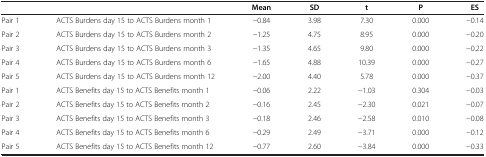
<table><thead><tr><td><b> </b></td><td><b> </b></td><td><b>Mean</b></td><td><b>SD</b></td><td><b>t</b></td><td><b>P</b></td><td><b>ES</b></td></tr></thead><tbody><tr><td>Pair 1</td><td>ACTS Burdens day 15 to ACTS Burdens month 1</td><td>−0.84</td><td>3.98</td><td>7.30</td><td>0.000</td><td>−0.14</td></tr><tr><td>Pair 2</td><td>ACTS Burdens day 15 to ACTS Burdens month 2</td><td>−1.25</td><td>4.75</td><td>8.95</td><td>0.000</td><td>−0.20</td></tr><tr><td>Pair 3</td><td>ACTS Burdens day 15 to ACTS Burdens month 3</td><td>−1.35</td><td>4.65</td><td>9.80</td><td>0.000</td><td>−0.22</td></tr><tr><td>Pair 4</td><td>ACTS Burdens day 15 to ACTS Burdens month 6</td><td>−1.65</td><td>4.88</td><td>10.39</td><td>0.000</td><td>−0.27</td></tr><tr><td>Pair 5</td><td>ACTS Burdens day 15 to ACTS Burdens month 12</td><td>−2.00</td><td>4.40</td><td>5.78</td><td>0.000</td><td>−0.37</td></tr><tr><td>Pair 1</td><td>ACTS Benefits day 15 to ACTS Benefits month 1</td><td>−0.06</td><td>2.22</td><td>−1.03</td><td>0.304</td><td>−0.03</td></tr><tr><td>Pair 2</td><td>ACTS Benefits day 15 to ACTS Benefits month 2</td><td>−0.16</td><td>2.45</td><td>−2.30</td><td>0.021</td><td>−0.07</td></tr><tr><td>Pair 3</td><td>ACTS Benefits day 15 to ACTS Benefits month 3</td><td>−0.18</td><td>2.46</td><td>−2.58</td><td>0.010</td><td>−0.08</td></tr><tr><td>Pair 4</td><td>ACTS Benefits day 15 to ACTS Benefits month 6</td><td>−0.29</td><td>2.49</td><td>−3.71</td><td>0.000</td><td>−0.12</td></tr><tr><td>Pair 5</td><td>ACTS Benefits day 15 to ACTS Benefits month 12</td><td>−0.77</td><td>2.60</td><td>−3.84</td><td>0.000</td><td>−0.33</td></tr></tbody></table>